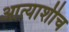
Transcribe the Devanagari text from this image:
आत्याशीच